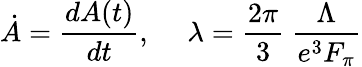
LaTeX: \dot{A}=\frac{dA(t)}{dt},~~~~~\lambda=\frac{2\pi}{3}~\frac{\Lambda}{e^{3}F_{\pi}}